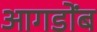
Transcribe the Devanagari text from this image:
आगडोंब